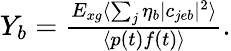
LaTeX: \begin{array}{r}{Y_{b}=\frac{E_{xg}\langle\sum_{j}\eta_{b}|c_{jeb}|^{2}\rangle}{\langle p(t)f(t)\rangle}.}\end{array}